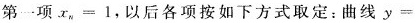
第一项$$x _ { n } = 1$$，以后各项按如下方式取定：曲线$$y =